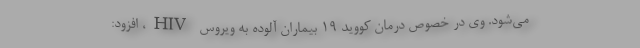
می‌شود. وی در خصوص درمان کووید ۱۹ بیماران آلوده به ویروس HIV، افزود: